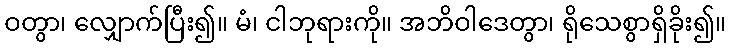
ဝတွာ၊ လျှောက်ပြီး၍။ မံ၊ ငါဘုရားကို။ အဘိဝါဒေတွာ၊ ရိုသေစွာရှိခိုး၍။